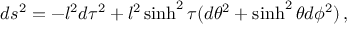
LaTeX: d s ^ { 2 } = - l ^ { 2 } d \tau ^ { 2 } + l ^ { 2 } \sinh ^ { 2 } \tau ( d \theta ^ { 2 } + \sinh ^ { 2 } \theta d \phi ^ { 2 } ) \, ,